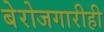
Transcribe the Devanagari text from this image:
बेरोजगारीही